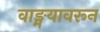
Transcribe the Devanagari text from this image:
वाङ्मयावरून